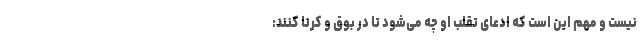
نیست و مهم این است که ادعای تقلب او چه می‌شود تا در بوق و کرنا کنند: